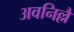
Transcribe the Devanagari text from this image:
अवनिल्लै